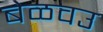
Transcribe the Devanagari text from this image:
बेळवउ